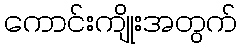
ကောင်းကျိုးအတွက်